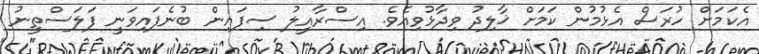
އެކަމަށް ހުރަސް އެޅުމުން ކަމަށް ޚާލިދު ވިދާޅުވިއެވެ. އިސްރާއީލު ސިފައިން ބުނެފައިވަނީ ފަލަސްތީނު